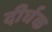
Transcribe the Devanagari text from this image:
दीर्घक